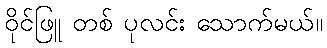
ဝိုင်ဖြူ တစ် ပုလင်း သောက်မယ်။